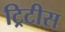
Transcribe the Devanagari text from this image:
ट्रिटीस